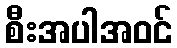
စီးအပါအဝင်